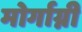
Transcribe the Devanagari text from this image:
मोर्गाग्नी